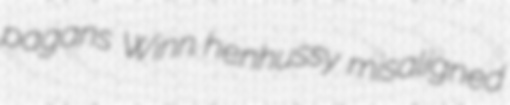
pagans Winn henhussy misaligned